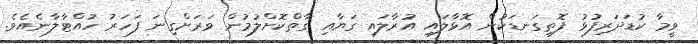
ވީމާ ކުޑަދަރިފުޅު ފޮތިގަނޑަކުން އޮޅާލައި އުރާލައި ގަޔާއި ގާތްކޮށްލުމުން ވަރަށްގިނަ ފަހަރު ހުއްޓާލާނެއެވެ.